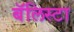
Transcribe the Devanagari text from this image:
बॅलिस्टा